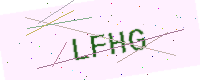
Text: LFHG